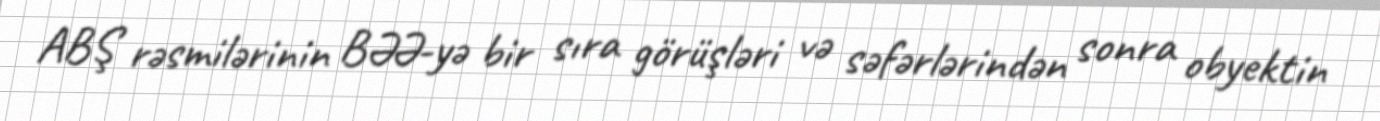
ABŞ rəsmilərinin BƏƏ-yə bir sıra görüşləri və səfərlərindən sonra obyektin